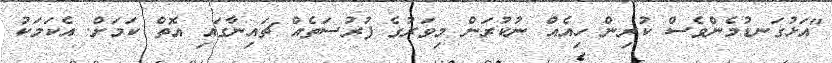
"އަޅުގަނޑުމެންވެސް ކުރިން ހިއެއް ނުކުރަން މިވަރުގެ ފުރުސަތެއް ޗައިނާގައި އޮތް ކަމަށް. އެކަމަކު